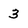
Character: 3